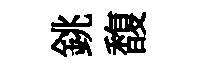
銚馥